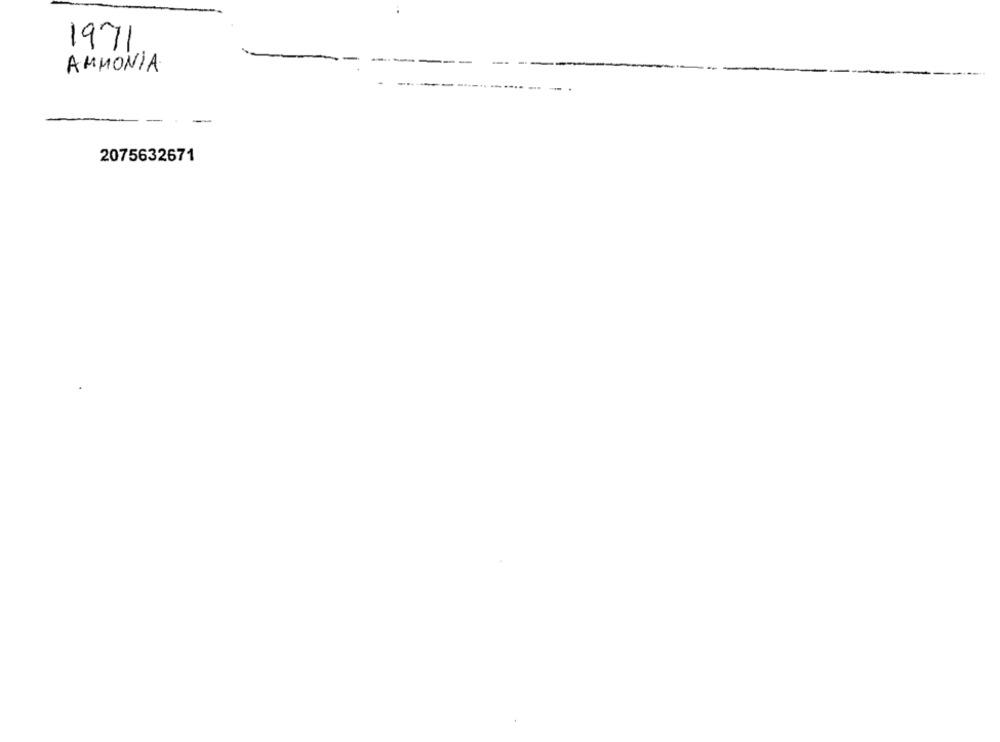
1971
AMMONIA
-
-
2075632671